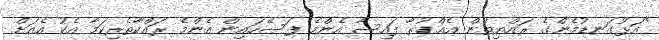
"އަޅުގަނޑުމެންގެ ރައްޔިތުން އެއްކުރާ ފައިސާ އެންމެ ފަސޭހައިން އެންމެ ރައްކާތެރިކަމާ އެކު އެއަށް